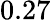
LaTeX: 0.27